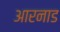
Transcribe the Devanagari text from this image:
आरनाड